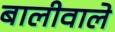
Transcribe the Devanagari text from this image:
बालीवाले